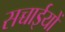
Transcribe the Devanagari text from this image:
सच्चाईयों